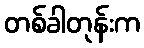
တစ်ခါတုန်းက